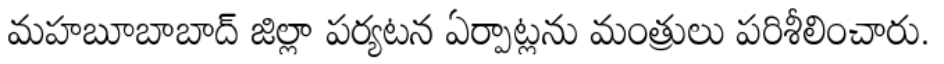
మహబూబాబాద్ జిల్లా పర్యటన ఏర్పాట్లను మంత్రులు పరిశీలించారు.